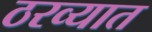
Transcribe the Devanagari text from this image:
ठरव्यात